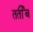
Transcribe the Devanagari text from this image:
तर्तीब